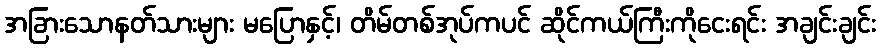
အခြားသောနတ်သားများ မပြောနှင့်၊ တိမ်တစ်အုပ်ကပင် ဆိုင်ကယ်ကြီးကိုငေးရင်း အချင်းချင်း